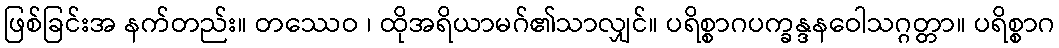
ဖြစ်ခြင်းအ နက်တည်း။ တဿေဝ ၊ ထိုအရိယာမဂ်၏သာလျှင်။ ပရိစ္စာဂပက္ခန္ဒနဝေါသဂ္ဂတ္တာ။ ပရိစ္စာဂ